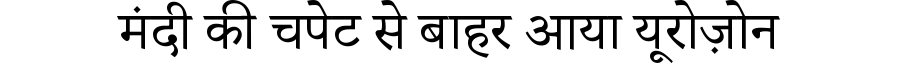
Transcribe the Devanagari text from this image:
मंदी की चपेट से बाहर आया यूरोज़ोन